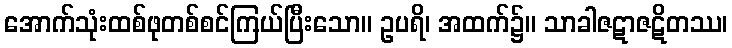
အောက်သုံးထစ်ဖုတစ်စင်ကြယ်ပြီးသော။ ဥပရိ၊ အထက်၌။ သာခါဇဋာဇဋိတဿ၊